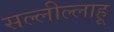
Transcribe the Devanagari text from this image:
सल्लील्लाहू